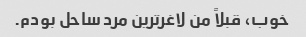
خوب، قبلاً من لاغرترین مرد ساحل بودم.